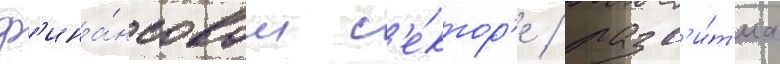
ф'ина́нсовом с'е́ктор'е / разв'и́т'иа